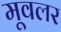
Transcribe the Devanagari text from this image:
मूवलर